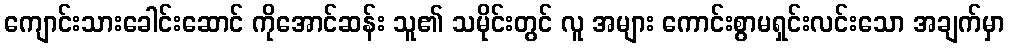
ကျောင်းသားခေါင်းဆောင် ကိုအောင်ဆန်း သူ၏ သမိုင်းတွင် လူ အများ ကောင်းစွာမရှင်းလင်းသော အချက်မှာ